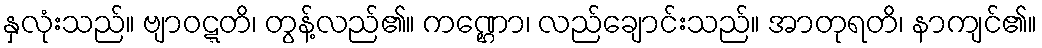
နှလုံးသည်။ ဗျာဝဋ္ဋတိ၊ တွန့်လည်၏။ ကဏ္ဌော၊ လည်ချောင်းသည်။ အာတုရတိ၊ နာကျင်၏။